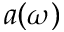
a ( \omega )